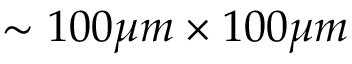
\sim 1 0 0 \mu m \times 1 0 0 \mu m